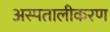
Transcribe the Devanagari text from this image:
अस्पतालीकरण